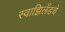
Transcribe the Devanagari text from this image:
स्वाझिलँडचे